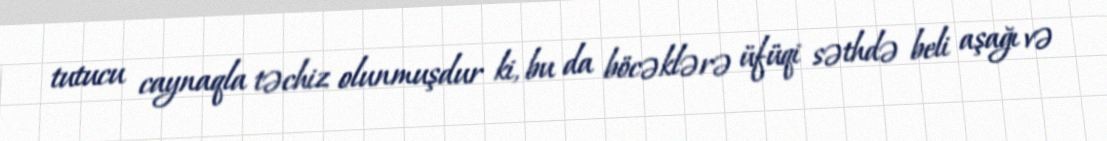
tutucu caynaqla təchiz olunmuşdur ki, bu da böcəklərə üfüqi səthdə beli aşağı və